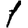
Digit: 1